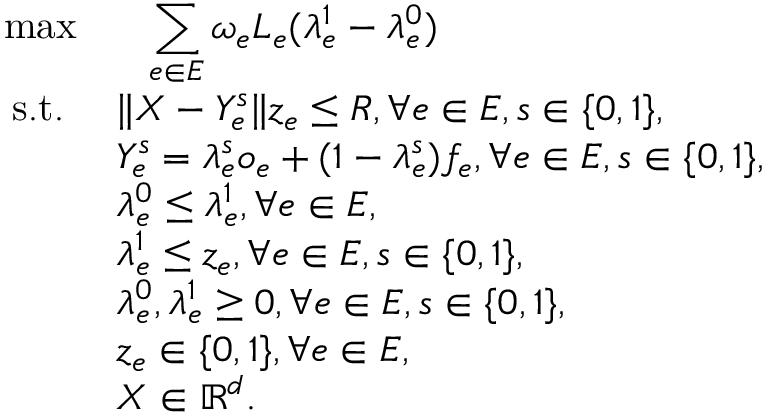
\begin{array} { r l } { \operatorname* { m a x } } & { \; \; \; \displaystyle \sum _ { e \in E } \omega _ { e } L _ { e } ( \lambda _ { e } ^ { 1 } - \lambda _ { e } ^ { 0 } ) } \\ { \mathrm { s . t . ~ } } & { \| X - Y _ { e } ^ { s } \| z _ { e } \leq R , \forall e \in E , s \in \{ 0 , 1 \} , } \\ & { Y _ { e } ^ { s } = \lambda _ { e } ^ { s } o _ { e } + ( 1 - \lambda _ { e } ^ { s } ) f _ { e } , \forall e \in E , s \in \{ 0 , 1 \} , } \\ & { \lambda _ { e } ^ { 0 } \leq \lambda _ { e } ^ { 1 } , \forall e \in E , } \\ & { \lambda _ { e } ^ { 1 } \leq z _ { e } , \forall e \in E , s \in \{ 0 , 1 \} , } \\ & { \lambda _ { e } ^ { 0 } , \lambda _ { e } ^ { 1 } \geq 0 , \forall e \in E , s \in \{ 0 , 1 \} , } \\ & { z _ { e } \in \{ 0 , 1 \} , \forall e \in E , } \\ & { X \in \mathbb { R } ^ { d } . } \end{array}